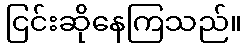
ငြင်းဆိုနေကြသည်။